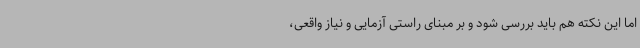
اما این نکته هم باید بررسی شود و بر مبنای راستی ‌آزمایی و نیاز واقعی،